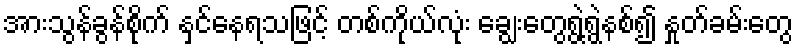
အားသွန်ခွန်စိုက် နှင်နေရသဖြင့် တစ်ကိုယ်လုံး ချွေးတွေရွဲ့ရွဲနစ်၍ နှုတ်ခမ်းတွေ